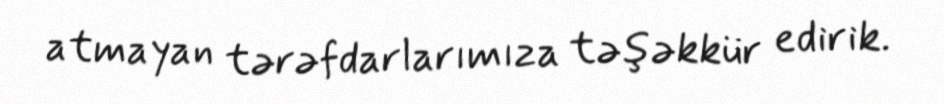
atmayan tərəfdarlarımıza təşəkkür edirik.